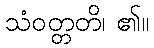
သံဝတ္တတိ၊ ၏။